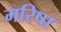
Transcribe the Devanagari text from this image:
मरिषा